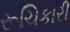
રૂચિકારી